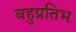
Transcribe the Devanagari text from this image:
बहुप्रतिभ